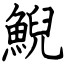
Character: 鯢